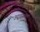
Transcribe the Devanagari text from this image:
ज्यातला